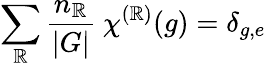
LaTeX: \sum_{\mathbb{R}}{\frac{{n_{\mathbb{R}}}}{{|G|}}}~\chi^{(\mathbb{R})}(g)=\delta_{g,e}